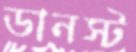
ডানস্ট